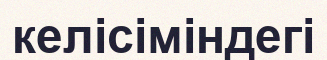
келісіміндегі